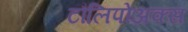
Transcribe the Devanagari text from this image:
टौलिपोअक्स